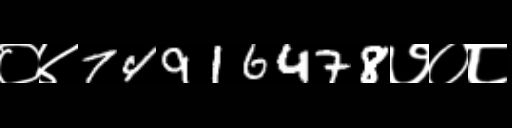
Text: ०४74916478७०८